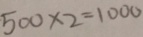
5 0 0 \times 2 = 1 0 0 0